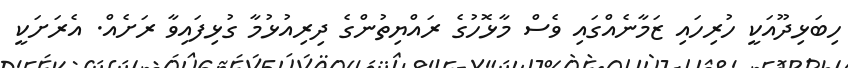
ހިބަޅިދޫއަކީ ހުރިހައި ޒަމާނެއްގައި ވެސް މާޅޮހުގެ ރައްޔިތުންގެ ދިރިއުޅުމާ ގުޅިފައިވާ ރަށެއް. އެރަށަކީ